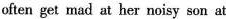
often get mad at her noisy son at